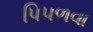
પિપળવા